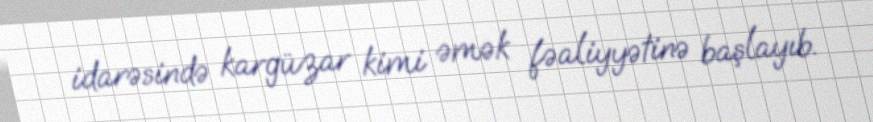
idarəsində kargüzar kimi əmək fəaliyyətinə başlayıb.